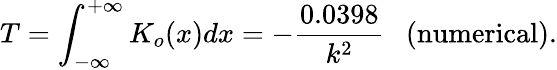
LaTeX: T=\int_{-\infty}^{+\infty}K_{o}(x)dx=-\frac{0.0398}{k^{2}}\ \ \ \mathrm{(numerical)}.